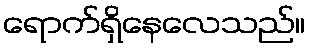
ရောက်ရှိနေလေသည်။